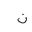
Letter: _non